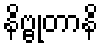
နိဗ္ဗုတာနိ